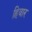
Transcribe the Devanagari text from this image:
हिवार